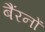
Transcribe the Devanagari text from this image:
बैंरनों